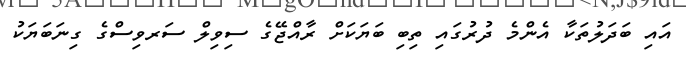
އައި ބަދަލުތަކާ އެންމެ ދުރުގައި ތިބި ބަޔަކަށް ރާއްޖޭގެ ސިވިލް ސަރވިސްގެ ގިނަބަޔަކު